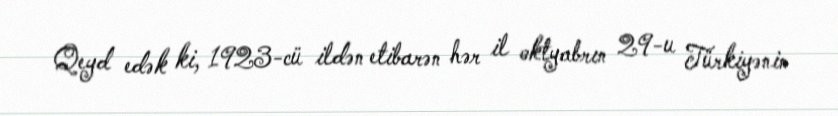
Qeyd edək ki, 1923-cü ildən etibarən hər il oktyabrın 29-u Türkiyənin